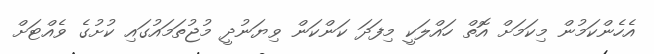
އެހެންކަމުން މިކަމަށް އޮތް ހައްލަކީ މިފަދަ ކަންކަން ވިޔަނުދީ މުޖުތަމައުގައި ކުށުގެ ވެއްޓަށް